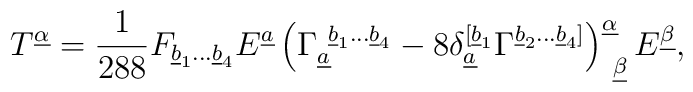
T^{\underline\alpha}={1\over{288}}F_{\underline b_1...\underline b_4}E^{\underline a}\left(\Gamma_{\underline a}^{~\underline b_1...\underline b_4}-8\delta_{\underline a}^{[\underline b_1}\Gamma^{\underline b_2...\underline b_4]}\right)^{\underline\alpha}_{~\underline\beta}E^{\underline\beta},